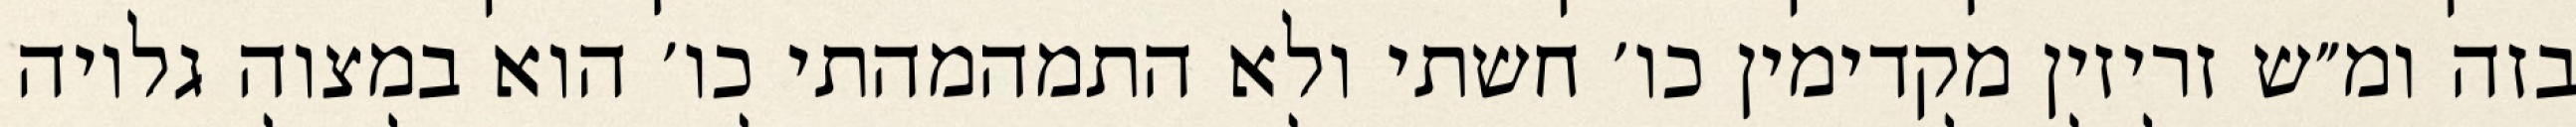
בזה ומ״ש זריזין מקדימין כו׳ חשתי ולא התמהמהתי כו׳ הוא במצוה גלויה